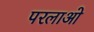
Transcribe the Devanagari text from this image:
परलाओ